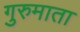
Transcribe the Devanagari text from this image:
गुरुमाता